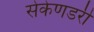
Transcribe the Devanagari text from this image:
सेकेणडरी